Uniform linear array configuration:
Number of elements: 12
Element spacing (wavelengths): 0.75
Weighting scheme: kaiser
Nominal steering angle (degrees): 0
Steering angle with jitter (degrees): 0.6011
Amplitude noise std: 0.05
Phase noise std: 0.05

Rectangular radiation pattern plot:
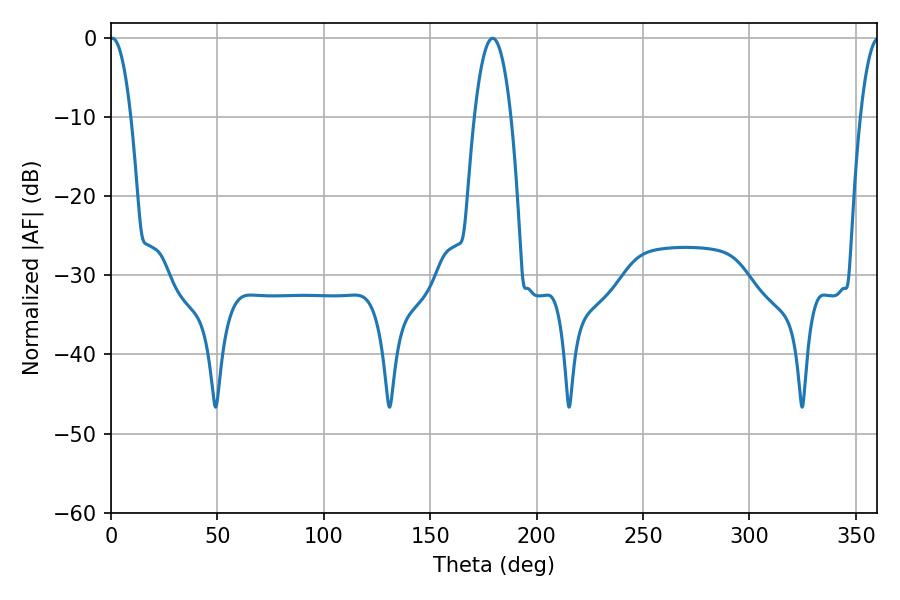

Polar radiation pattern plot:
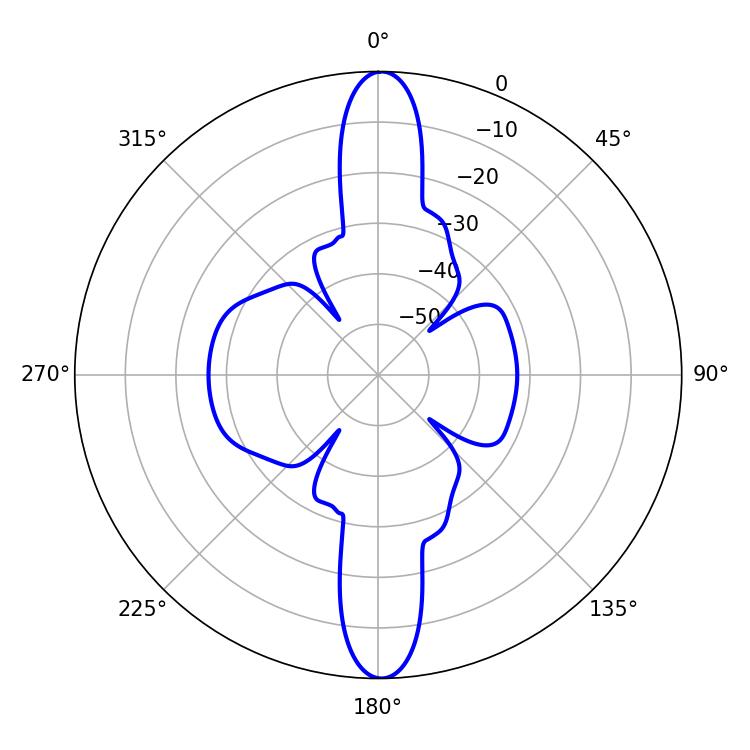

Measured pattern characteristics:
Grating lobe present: TRUE
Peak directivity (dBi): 28.18
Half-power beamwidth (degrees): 9.54
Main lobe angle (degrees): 179.28